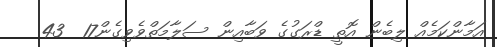
އަމާންކަމެއް ލިބެން އޮތީ ޑްރަގުގެ ވަބާއިން ސަލާމަތްވެވިގެން17  43